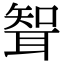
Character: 聟